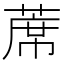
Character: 蓆